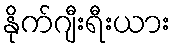
နိုက်ဂျီးရီးယား